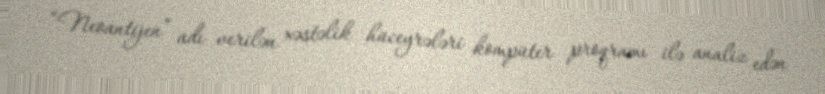
“Neoantijen” adı verilən xəstəlik hüceyrələri kompüter proqramı ilə analiz edən